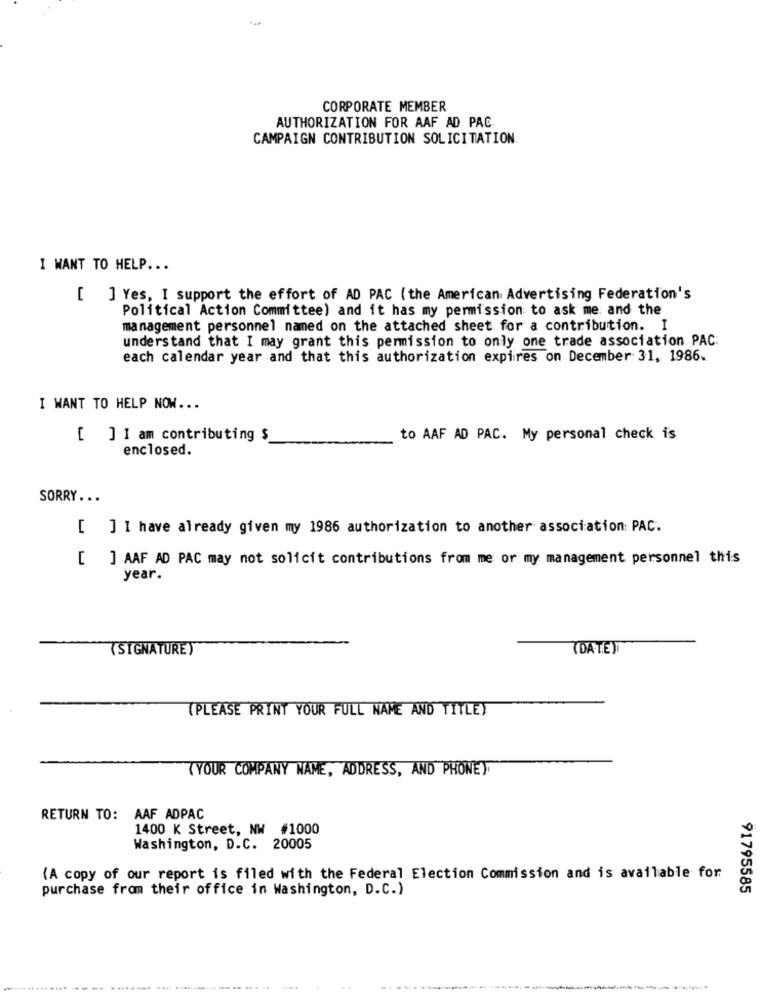
CORPORATE MEMBER
AUTHORIZATION FOR AAF AD PAC
CAMPAIGN CONTRIBUTION SOLICITATION.
I WANT TO HELP ...
[ ] Yes, I support the effort of AD PAC (the American Advertising Federation's
Political Action Committee) and it has my permission to ask me and the
management personnel named on the attached sheet for a contribution. I
understand that I may grant this permission to only one trade association PAC.
each calendar year and that this authorization expires on December 31, 1986.
I WANT TO HELP NOW ...
[ ] 1 am contributing $
to AAF AD PAC. My personal check is
enclosed.
SORRY ...
[ ] I have already given my 1986 authorization to another association: PAC.
[ ] AAF AD PAC may not solicit contributions from me or my management personnel this
year.
(SIGNATURE)
(DATE)
(PLEASE PRINT YOUR FULL NAME AND TITLEY
TYOUR COMPANY NAME, ADDRESS, AND PHONE).
RETURN TO: AAF ADPAC
1400 K Street, NW #1000
Washington, D.C. 20005
(A copy of our report is filed with the Federal Election Commission and is available for
purchase from their office in Washington, D.C.)
91795585